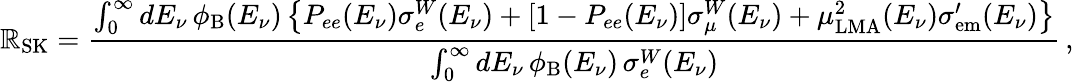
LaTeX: \mathbb{R}_{\mathrm{{SK}}}=\frac{{\int_{0}^{\infty}dE_{\nu}\, \phi_{\mathrm{{B}}}(E_{\nu})\left\{ P_{ee}(E_{\nu})\sigma_{e}^{W}(E_{\nu})+[1-P_{ee}(E_{\nu})]\sigma_{\mu}^{W}(E_{\nu})+\mu_{\mathrm{{LMA}}}^{2}(E_{\nu})\sigma_{\mathrm{{em}}}^{\prime}(E_{\nu})\right\} }}{{\int_{0}^{\infty}dE_{\nu}\, \phi_{\mathrm{{B}}}(E_{\nu})\, \sigma_{e}^{W}(E_{\nu})}}\, ,